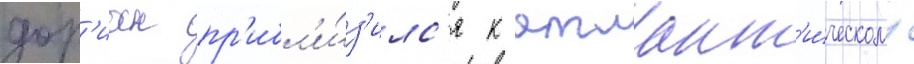
дор'иан пр'ибл'и́з'илс'я к атлант'и́ческому